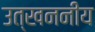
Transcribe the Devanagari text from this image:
उत्खननीय